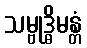
သမ္ဗုဒ္ဓိမန္တံ